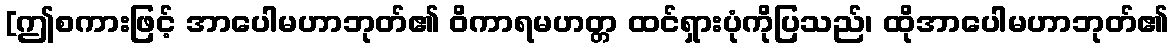
[ဤစကားဖြင့် အာပေါမဟာဘုတ်၏ ဝိကာရမဟတ္တ ထင်ရှားပုံကိုပြသည်၊ ထိုအာပေါမဟာဘုတ်၏